Vaccine operations Central Provinces 1886-1899 - 1886-1899
Year: 1886
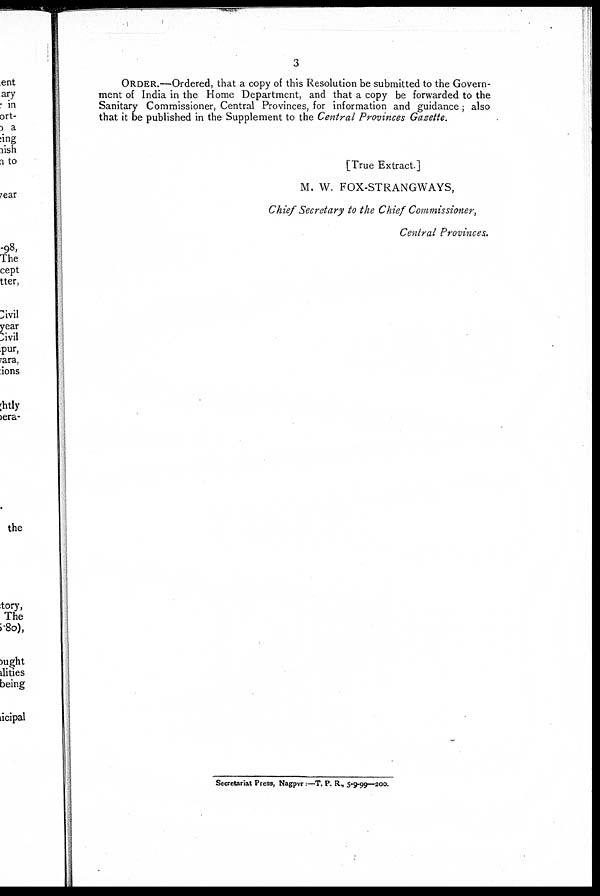
3
ORDER.—Ordered, that a copy of this Resolution be submitted to the Govern-
ment of India in the Home Department, and that a copy be forwarded to the
Sanitary Commissioner, Central Provinces, for information and guidance; also
that it be published in the Supplement to the Central Provinces Gazette.
[True Extract.]
M. W. FOX-STRANGWAYS,
Chief Secretary to the Chief Commissioner,
Central Provinces.
Secretariat Press, Nagpur:— T. P. R., 5-9-99—200.